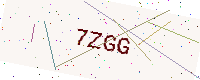
Text: 7ZGG